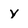
Character: y